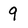
Character: 9